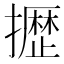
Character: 𫾐